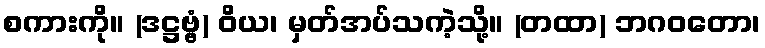
စကားကို။ (ဒဋ္ဌဗ္ဗံ) ဝိယ၊ မှတ်အပ်သကဲ့သို့။ (တထာ) ဘဂဝတော၊